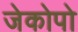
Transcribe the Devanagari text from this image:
जेकोपो